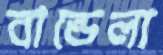
বান্ডেলা